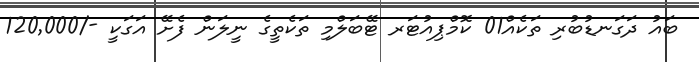
ބައު ދަގަނޑުބުރި ތަކެއް01 ކޮމްޕިއުޓަރ ޓޭބަލްމި ތަކެތީގެ ނީލަން ފެށޭ އަގަކީ -/120